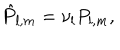
LaTeX: { \hat { P } } _ { l , m } = \nu _ { l } P _ { l , m } ,